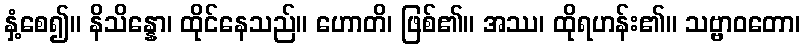
နှံ့စေ၍။ နိသိန္နော၊ ထိုင်နေသည်။ ဟောတိ၊ ဖြစ်၏။ အဿ၊ ထိုရဟန်း၏။ သဗ္ဗာဝတော၊